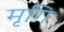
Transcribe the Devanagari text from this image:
मृगि